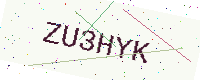
Text: ZU3HYK